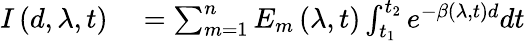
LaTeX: \begin{array}{rl}{I\left(d,\lambda,t\right)}&{{}=\sum_{m=1}^{n}E_{m}\left(\lambda,t\right)\int_{t_{1}}^{t_{2}}e^{-\beta\left(\lambda,t\right)d}dt}\end{array}